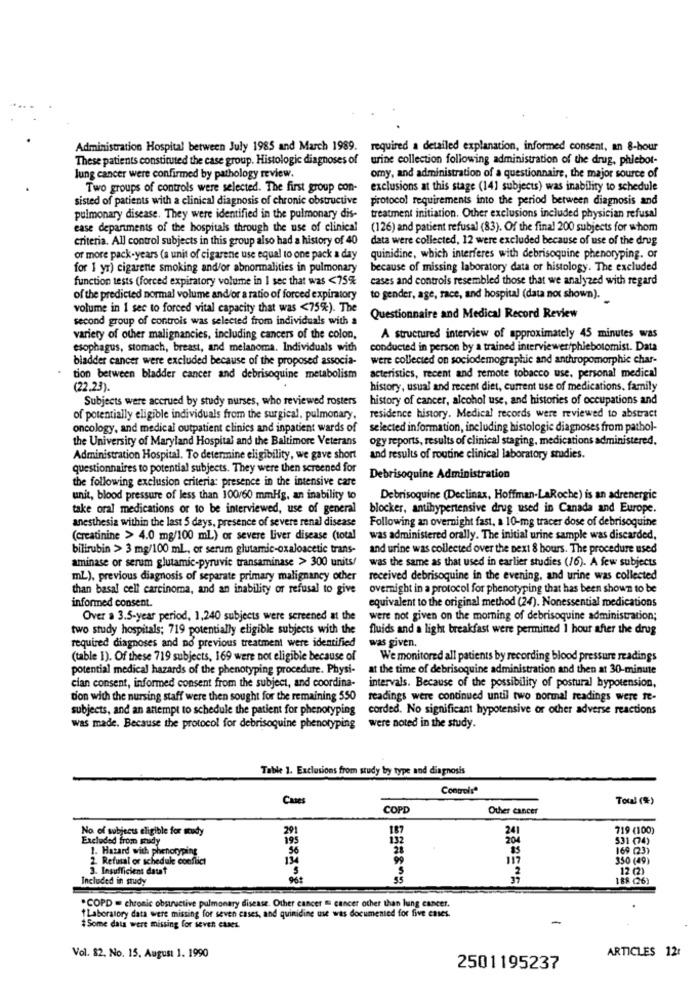
Administration Hospital between July 1985 and March 1989. required a detailed explanation, informed consent, an 8-hour
These patients constituted the case group. Histologic diagnoses of
urine collection following administration of the drug, phlebot-
lung cancer were confirmed by pathology review.
omy, and administration of a questionnaire, the major source of
Two groups of controls were selected. The first group con-
exclusions at this stage (141 subjects) was inability to schedule
sisted of patients with a clinical diagnosis of chronic obstructive
protocol requirements into the period between diagnosis and
pulmonary disease. They were identified in the pulmonary dis-
treatment initiation. Other exclusions included physician refusal
ease departments of the hospitals through the use of clinical
(126) and patient refusal (83). Of the final 200 subjects for whom
criteria. All control subjects in this group also had a history of 40
data were collected, 12 were excluded because of use of the drug
or more pack-years (a unit of cigarene use equal to one pack a day
quinidine, which interferes with debrisoquine phenoryping. or
for 1 yr) cigarette smoking and/or abnormalities in pulmonary
because of missing laboratory data or histology. The excluded
function tests (forced expiratory volume in I sec that was <75%
cases and controls resembled those that we analyzed with regard
of the predicted normal volume and/or a ratio of forced expiratory
to gender, age, race, and hospital (data not shown).
volume in I sec to forced vital capacity that was <75%). The
second group of controis was selected from individuals with a
Questionnaire and Medical Record Review
variety of other malignancies, including cancers of the colon,
A structured interview of approximately 45 minutes was
esophagus, stomach, breast, and melanoma. Individuals with
conducted in person by a trained interviewer/phlebotomist. Data
bladder cancer were excluded because of the proposed associa-
were collected on sociodemographic and anthropomorphic char-
tion between bladder cancer and debrisoquine metabolism
acteristics, recent and remote tobacco use, personal medical
(22.23).
history, usual and recent diet, current use of medications, family
Subjects were accrued by study nurses, who reviewed rosters
history of cancer, alcohol use, and histories of occupations and
of potentially eligible individuals from the surgical. pulmonary.
residence history. Medical records were reviewed to abstract
oncology, and medical outpatient clinics and inpatient wards of
selected information, including histologic diagnoses from pathol-
the University of Maryland Hospital and the Baltimore Veterans
ogy reports, results of clinical staging, medications administered.
Administration Hospital. To determine eligibility, we gave short
and results of routine clinical laboratory studies.
questionnaires to potential subjects. They were then screened for
the following exclusion criteria: presence in the intensive care
Debrisoquine Administration
unit, blood pressure of less than 100/60 mmHg, an inability to
Debrisoquine (Declinax, Hoffman-LaRoche) is an adrenergic
take oral medications or to be interviewed, use of general
blocker, antihypertensive drug used in Canada and Europe.
anesthesia within the last 5 days, presence of severe renal disease
Following an overnight fast, a 10-mg tracer dose of debrisoquine
(creatinine > 4.0 mg/100 ml) or severe liver disease (total
was administered orally. The initial urine sample was discarded,
bilirubin > 3 mg/100 mL, or serum glutamic-oxaloacetic trans-
and urine was collected over the next 8 hours. The procedure used
aminase or serum glutamic-pyruvic transaminase > 300 units/
was the same as that used in earlier studies (16). A few subjects
mL), previous diagnosis of separate primary malignancy other
received debrisoquine in the evening, and urine was collected
than basal cell carcinoma, and an inability or refusal to give
overnight in a protocol for phenotyping that has been shown to be
informed consent.
equivalent to the original method (24). Nonessential medications
Over a 3.5-year period, 1,240 subjects were screened at the
were not given on the morning of debrisoquine administration;
two study hospitals; 719 potentially eligible subjects with the
fluids and a light breakfast were permitted 1 hour after the drug
required diagnoses and no previous treatment were identified
was given.
(table 1). Of these 719 subjects, 169 were not eligible because of
We monitored all patients by recording blood pressure readings
potential medical hazards of the phenotyping procedure. Physi-
at the time of debrisoquine administration and then at 30-minute
cian consent, informed consent from the subject, and coordina-
intervals. Because of the possibility of postural hypotension,
d'on with the nursing staff were then sought for the remaining 550
readings were continued until two normal readings were fe-
subjects, and an attempt to schedule the patient for phenotyping
corded. No significant hypotensive or other adverse reactions
was made. Because the protocol for debrisoquine phenotyping
were noted in the study.
Table 1. Exclusions from study by type and diagnosis
Controlsª
Cases
Total (*)
COPD
Other cancer
No. of subjects eligible for study
241
719 (100)
Excluded from study
132
204
531 (74)
1. Hazard with phenotyping
28
169 (23)
fusal or schedule conflict
117
350 (49)
3. Insufficient datat
3
2
12 (2)
Included in study
8 === 8-2
188 (26)
.COPD = chronic obstructive pulmonary disease. Other cancer = cancer other than lung cancer.
Laboratory data were missing for seven cases, and quinidine use was documented for five cases.
-
#Some data were missing for seven cases.
Vol. 82. No. 15. August 1. 1990
ARTICLES 12t
2501195237